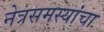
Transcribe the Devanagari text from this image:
नेत्रसमस्यांचा